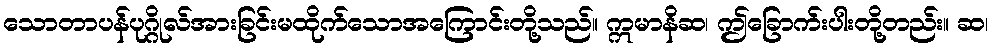
သောတာပန်ပုဂ္ဂိုလ်အားခြင်းမထိုက်သောအကြောင်းတို့သည်။ ဣမာနိဆ၊ ဤခြောက်းပါးတို့တည်း။ ဆ၊